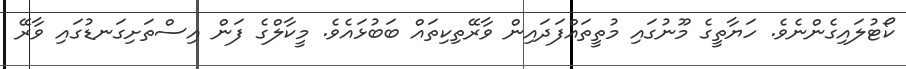
ކޯޓުލައިގެންނެވެ. ހަޔާތީގެ މޫނުގައި މުތީތައްފަދައިން ވާރޭތިކިތައް ބަބުޅައެވެ. މީކާލްގެ ފަން އިސްތަށިގަނޑުގައި ވާރޭ